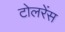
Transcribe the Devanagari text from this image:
टोलरेंस